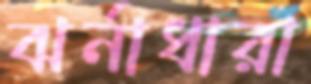
ঝর্নাধারা